Indian journal of veterinary science and animal husbandry - Volume 13,
Year: 1943
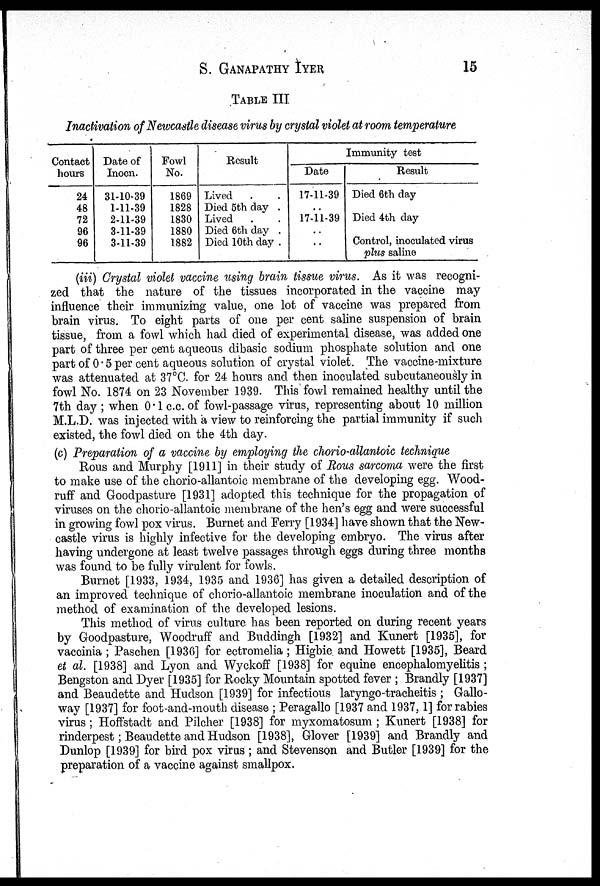
S.
GANAPATHY
IYER
15
TABLE III
Inactivation of Newcastle disease virus by crystal violet at room temperature
Contact
hours
24
48
72
96
96
Date of
Inocn.
31-10-39
1-11-39
2-11-39
3-11-39
3-11-39
Fowl
No.
1869
1828
1830
1880
1882
Result
Lived . .
Died 5th day .
Lived . .
Died 6th day .
Died 10th day .
Immunity test
Date
17-11-39
..
17-11-39
..
..
Result
Died 6th day
Died 4th day
Control, inoculated virus
plus saline
(iii) Crystal violet vaccine using brain tissue virus. As it was recogni-
zed that the nature of the tissues incorporated in the vaccine may
influence their immunizing value, one lot of vaccine was prepared from
brain virus. To eight parts of one per cent saline suspension of brain
tissue, from a fowl which had died of experimental disease, was added one
part of three per cent aqueous dibasic sodium phosphate solution and one
part of 0.5 per cent aqueous solution of crystal violet. The vaccine-mixture
was attenuated at 37°C. for 24 hours and then inoculated subcutaneously in
fowl No. 1874 on 23 November 1939. This fowl remained healthy until the
7th day ; when 0.1 c.c. of fowl-passage virus, representing about 10 million
M.L.D. was injected with a view to reinforcing the partial immunity if such
existed, the fowl died on the 4th day.
(c) Preparation of a vaccine by employing the chorio-allantoic technique
Rous and Murphy [1911] in their study of Rous sarcoma were the first
to make use of the chorio-allantoic membrane of the developing egg. Wood-
ruff and Goodpasture [1931] adopted this technique for the propagation of
viruses on the chorio-allantoic membrane of the hen's egg and were successful
in growing fowl pox virus. Burnet and Ferry [1934] have shown that the New-
castle virus is highly infective for the developing embryo. The virus after
having undergone at least twelve passages through eggs during three months
was found to be fully virulent for fowls.
Burnet [1933, 1934, 1935 and 1936] has given a detailed description of
an improved technique of chorio-allantoic membrane inoculation and of the
method of examination of the developed lesions.
This method of virus culture has been reported on during recent years
by Goodpasture, Woodruff and Buddingh [1932] and Kunert [1935], for
vaccinia ; Paschen [1936] for ectromelia ; Higbie. and Howett [1935], Beard
et al. [1938] and Lyon and Wyckoff [1938] for equine encephalomyelitis ;
Bengston and Dyer [1935] for Rocky Mountain spotted fever ; Brandly [1937]
and Beaudette and Hudson [1939] for infectious laryngo-tracheitis ; Gallo-
way [1937] for foot-and-mouth disease ; Peragallo [1937 and 1937, 1] for rabies
virus ; Hoffstadt and Pilcher [1938] for myxomatosum ; Kunert [1938] for
rinderpest ; Beaudette and Hudson [1938], Glover [1939] and Brandly and
Dunlop [1939] for bird pox virus; and Stevenson and Butler [1939] for the
preparation of a vaccine against smallpox.